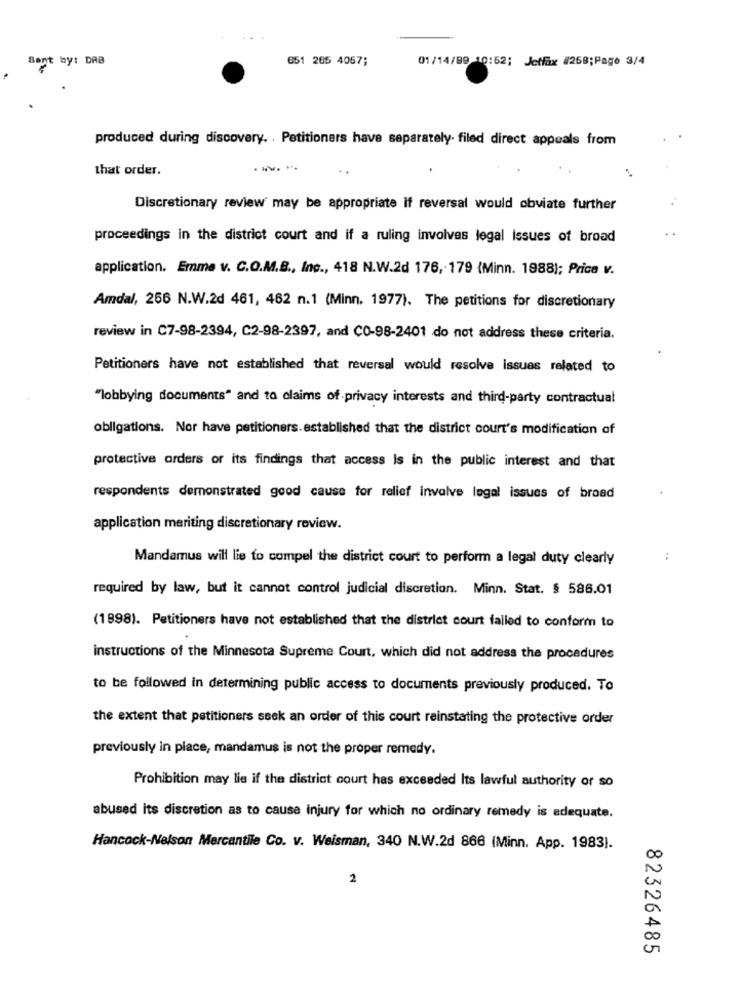
Sent by: DRB
851 285 4057;
01/14/99 10:52; Jetfax #258;Page 3/4
produced during discovery. . Petitioners have separately. filed direct appeals from
that order.
Discretionary review may be appropriate if reversal would obviate further
proceedings in the district court and if a ruling involves legal issues of broad
application. Emme v. C.O.M.B ., Inc ., 418 N.W.2d 176, 179 (Minn. 1988); Price v.
Amdal, 256 N.W.2d 461, 462 n.1 (Minn. 1977). The petitions for discretionary
review in C7-98-2394, C2-98-2397, and CO-98-2401 do not address these criteria.
Petitioners have not established that reversal would resolve issues related to
"lobbying documents" and to claims of privacy interests and third-party contractual
obligations. Nor have petitioners. established that the district court's modification of
protective orders or its findings that access is in the public interest and that
respondents demonstrated good cause for relief invalve legal issues of broad
application meriting discretionary review.
Mandamus will lie to compel the district court to perform a legal duty clearly
required by law, but it cannot control judicial discretion. Minn. Stat. $ 586.01
(1998). Petitioners have not established that the district court failed to conform to
instructions of the Minnesota Supreme Court, which did not address the procedures
to be followed in determining public access to documents previously produced. To
the extent that petitioners seek an order of this court reinstating the protective order
previously in place, mandamus is not the proper remedy.
Prohibition may lie if the district court has exceeded Its lawful authority or so
abused its discretion as to cause injury for which no ordinary remedy is adequate.
Hancock-Nelson Mercantile Co. v. Weisman, 340 N.W.2d 866 (Minn. App. 1983).
2
82326485